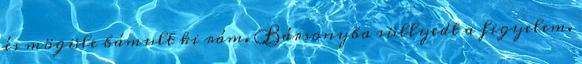
és mögüle bámult ki rám. Bársonyba süllyedt a figyelem.